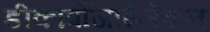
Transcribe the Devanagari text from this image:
डीकार्बोजाईलेशन